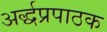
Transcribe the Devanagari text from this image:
अर्द्धप्रपाठक